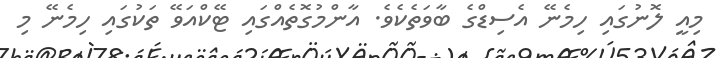
މިއީ ލޮނުގައި ހިމެނޭ އެސިޑްގެ ބާވަތެކެވެ. އާންމުގޮތެއްގައި ޓޭކްއަވޭ ތަކުގައި ހިމެނޭ މި